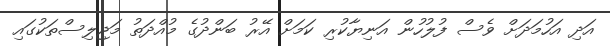
އަދި އަހުމަދަށް ވެސް ފުލުހުން އަނިޔާކުރި ކަމަށް އޭރު ބަންދުގެ މުއްދަތު މަޖިލިސްތަކުގައި